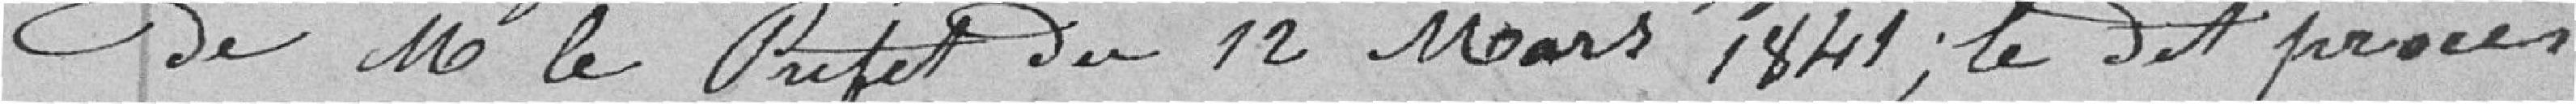
de Mr. le Préfet du 12 mars 1841; le